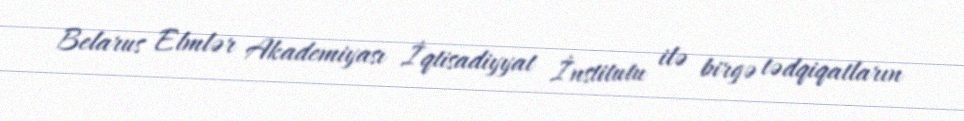
Belarus Elmlər Akademiyası İqtisadiyyat İnstitutu ilə birgə tədqiqatların